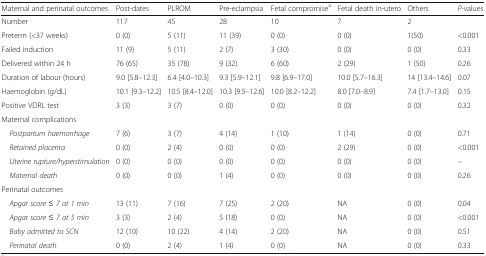
<table><thead><tr><td><b>Maternal and perinatal outcomes</b></td><td><b>Post-dates</b></td><td><b>PLROM</b></td><td><b>Pre-eclampsia</b></td><td><b>Fetal compromise<sup>a</sup></b></td><td><b>Fetal death in-utero</b></td><td><b>Others</b></td><td><b><i>P</i>-values</b></td></tr></thead><tbody><tr><td>Number</td><td>117</td><td>45</td><td>28</td><td>10</td><td>7</td><td>2</td><td></td></tr><tr><td>Preterm (&lt;37 weeks)</td><td>0 (0)</td><td>5 (11)</td><td>11 (39)</td><td>0 (0)</td><td>0 (0)</td><td>1(50)</td><td>&lt;0.001</td></tr><tr><td>Failed induction</td><td>11 (9)</td><td>5 (11)</td><td>2 (7)</td><td>3 (30)</td><td>0 (0)</td><td>0 (0)</td><td>0.33</td></tr><tr><td>Delivered within 24 h</td><td>76 (65)</td><td>35 (78)</td><td>9 (32)</td><td>6 (60)</td><td>2 (29)</td><td>1 (50)</td><td>0.26</td></tr><tr><td>Duration of labour (hours)</td><td>9.0 [5.8–12.3]</td><td>6.4 [4.0–10.3]</td><td>9.3 [5.9–12.1]</td><td>9.8 [6.9–17.0]</td><td>10.0 [5.7–16.3]</td><td>14 [13.4–14.6]</td><td>0.07</td></tr><tr><td>Haemoglobin (g/dL)</td><td>10.1 [9.3–12.2]</td><td>10.5 [8.4–12.0]</td><td>10.3 [9.5–12.6]</td><td>10.0 [8.2–12.2]</td><td>8.0 [7.0–8.9]</td><td>7.4 [1.7–13.0]</td><td>0.15</td></tr><tr><td>Positive VDRL test</td><td>3 (3)</td><td>3 (7)</td><td>0 (0)</td><td>0 (0)</td><td>0 (0)</td><td>0 (0)</td><td>0.32</td></tr><tr><td colspan="8">Maternal complications</td></tr><tr><td> <i>Postpartum haemorrhage</i></td><td>7 (6)</td><td>3 (7)</td><td>4 (14)</td><td>1 (10)</td><td>1 (14)</td><td>0 (0)</td><td>0.71</td></tr><tr><td> <i>Retained placenta</i></td><td>0 (0)</td><td>2 (4)</td><td>0 (0)</td><td>0 (0)</td><td>2 (29)</td><td>0 (0)</td><td>&lt;0.001</td></tr><tr><td> <i>Uterine rupture/hyperstimulation</i></td><td>0 (0)</td><td>0 (0)</td><td>0 (0)</td><td>0 (0)</td><td>0 (0)</td><td>0 (0)</td><td>–</td></tr><tr><td> <i>Maternal death</i></td><td>0 (0)</td><td>0 (0)</td><td>1 (4)</td><td>0 (0)</td><td>0 (0)</td><td>0 (0)</td><td>0.26</td></tr><tr><td colspan="8">Perinatal outcomes</td></tr><tr><td> <i>Apgar score ≤ 7 at 1 min</i></td><td>13 (11)</td><td>7 (16)</td><td>7 (25)</td><td>2 (20)</td><td>NA</td><td>0 (0)</td><td>0.04</td></tr><tr><td> <i>Apgar score ≤ 7 at 5 min</i></td><td>3 (3)</td><td>2 (4)</td><td>5 (18)</td><td>0 (0)</td><td>NA</td><td>0 (0)</td><td>&lt;0.001</td></tr><tr><td> <i>Baby admitted to SCN</i></td><td>12 (10)</td><td>10 (22)</td><td>4 (14)</td><td>2 (20)</td><td>NA</td><td>0 (0)</td><td>0.51</td></tr><tr><td> <i>Perinatal death</i></td><td>0 (0)</td><td>2 (4)</td><td>1 (4)</td><td>0 (0)</td><td>NA</td><td>0 (0)</td><td>0.33</td></tr></tbody></table>